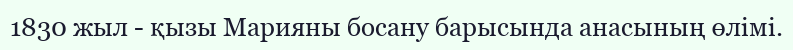
1830 жыл - қызы Марияны босану барысында анасының өлімі.